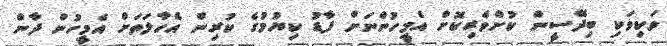
ވަކިވަކި ބިދޭސީން ކުށްވެރިކޮށް އެމީހުންނަށް ފާޑު ކިޔުމުގެ ކުރިން އެހާލަތަށް އެމީހުން ދާން